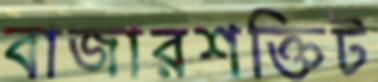
বাজারশক্তিট